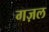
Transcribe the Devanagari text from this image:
गज़ल